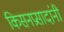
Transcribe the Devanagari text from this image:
किसनप्रसादांनी